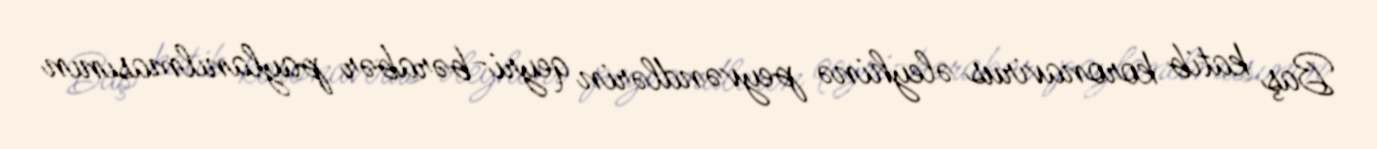
Baş katib koronavirus əleyhinə peyvəndlərin qeyri-bərabər paylanılmasının